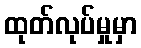
ထုတ်လုပ်မှုမှာ